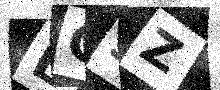
Text: LC5Z